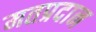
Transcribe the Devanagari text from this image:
मतप्रदान